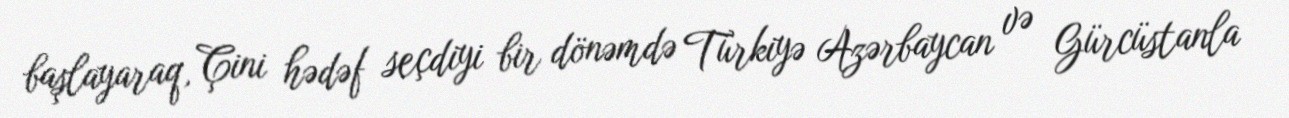
başlayaraq, Çini hədəf seçdiyi bir dönəmdə Türkiyə Azərbaycan və Gürcüstanla